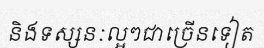
និងទស្សនៈល្អៗជាច្រើនទៀត